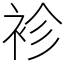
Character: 袗